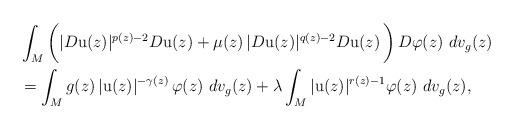
LaTeX: \begin{align*}&\int_{M} \bigg( | D \mathrm{u} ( z ) |^{p( z ) - 2} D \mathrm{u} ( z ) + \mu ( z ) \, | D \mathrm{u} ( z ) |^{q( z ) - 2} D \mathrm{u}( z ) \, \bigg) \, D \varphi ( z ) \,\, dv_{g} ( z )\\& = \int_{M} g( z ) \, | \mathrm{u} ( z ) |^{- \gamma ( z )} \, \varphi ( z ) \,\, dv_{g} ( z ) + \lambda \int_{M} | \mathrm{u} ( z ) |^{r( z ) -1 } \varphi ( z ) \,\, dv_{g} ( z ),\end{align*}